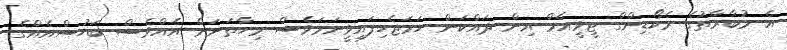
އެ މުބާރާތުގެ ރެކޯޑިންގް ޓީވީއެމް އިން ދައްކަން ހަމަޖެހިފައިވީނަމަވެސް މިހާތަނަށް އެއްވެސް ބަހުސްއެއްގެ